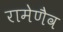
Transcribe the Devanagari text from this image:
रामेणैव